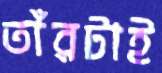
তাঁরটাই